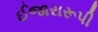
ઈજારારૂપી